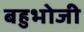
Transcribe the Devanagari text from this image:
बहुभोजी